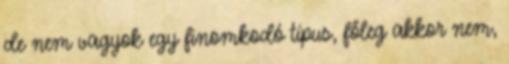
de nem vagyok egy finomkodó típus, főleg akkor nem,